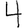
Digit: 4